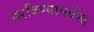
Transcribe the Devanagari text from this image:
ठरविण्यापर्यन्त